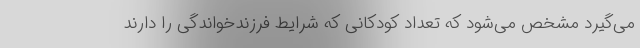
می‌گیرد مشخص می‌شود که تعداد کودکانی که شرایط فرزندخواندگی را دارند